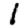
Digit: 1